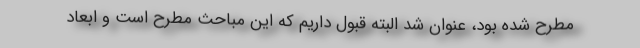
مطرح شده بود، عنوان شد البته قبول داریم که این مباحث مطرح است و ابعاد